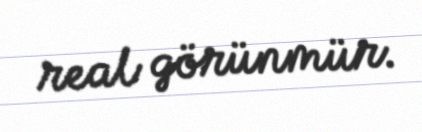
real görünmür.